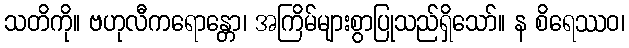
သတိကို။ ဗဟုလီကရောန္တော၊ အကြိမ်များစွာပြုသည်ရှိသော်။ န စိရေဿဝ၊